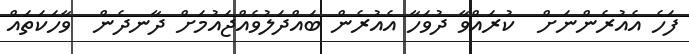
ފަހެ އެއުރެންނަށް  ކުރައްވާ ދުވަހާ އެއުރެން ބައްދަލުވެއްޖައުމަށް ދާނދެން  ވާހަކަތައް